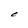
Character: e